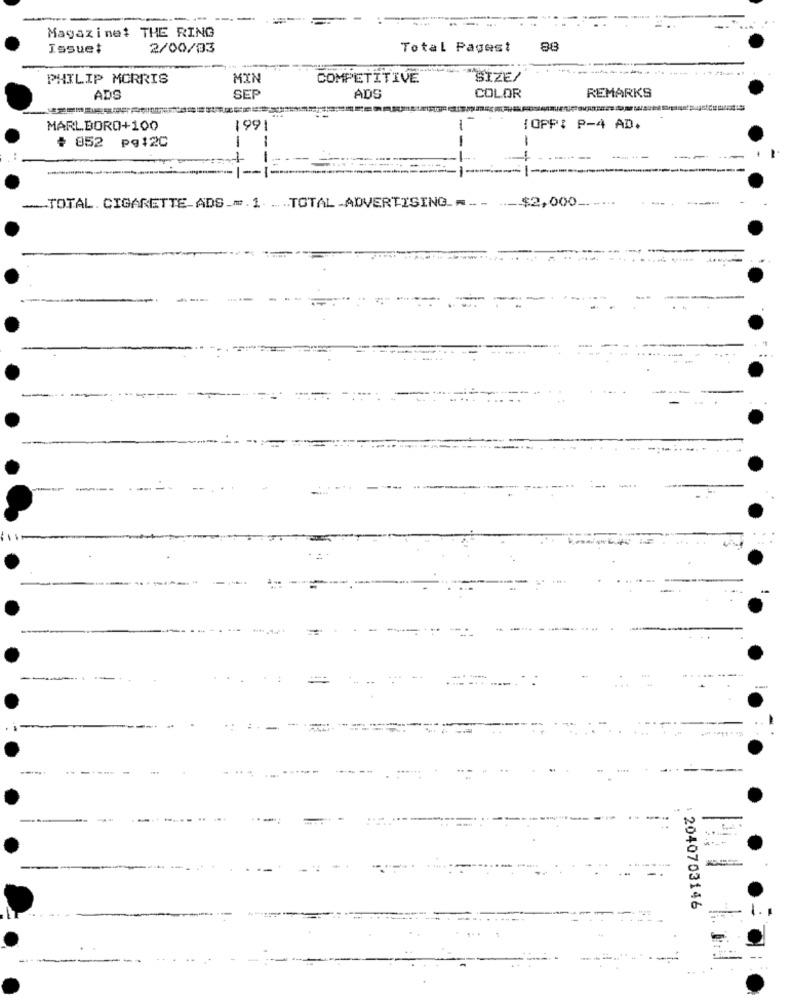
-
Magazinet THE RING
Issuet
2/00/03
Total Pagest
88
PHILIP MORRIS
MIN
COMPETITIVE
SIZE/
ADS
SET
ADS
COLOR
REMARKS
MARLBORO+100
1991
-
IOPPI P-4 AD.
-
-
* 852 pg12C
--
.- $2,000.
TOTAL. CIGARETTE_ADS_m.1TOTAL ADVERTISING _-_-
...
---
2040703146
--